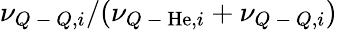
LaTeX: \nu_{Q\mathrm{~-~}Q,i}/(\nu_{Q\mathrm{~-~}\mathrm{He},i}+\nu_{Q\mathrm{~-~}Q,i})